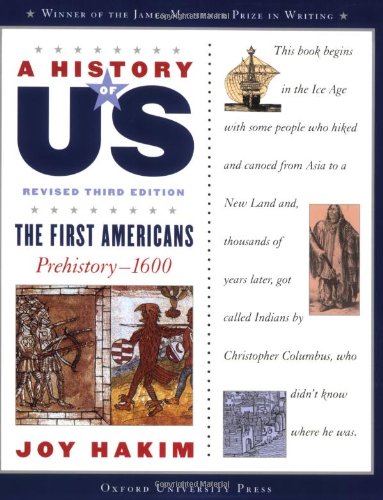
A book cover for A History of US: The First Americans: Prehistory-1600 A History of US Book One; Joy Hakim; History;